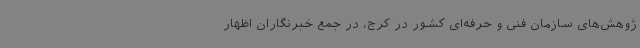
ژوهش‌های سازمان فنی و حرفه‌ای کشور در کرج، در جمع خبرنگاران اظهار